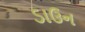
ડાઉન